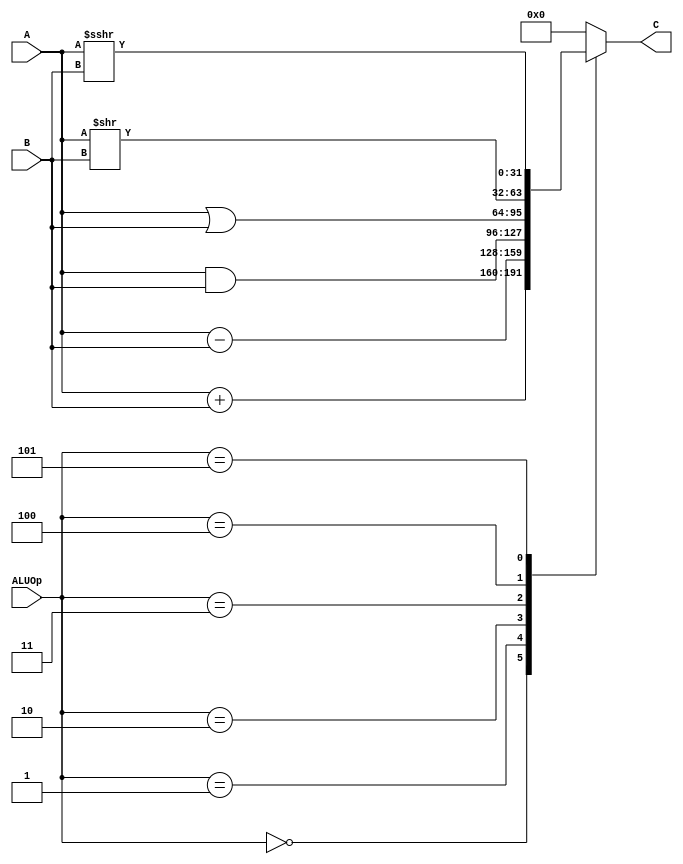
`timescale 1ns / 1ps

module alu(
    input [31:0] A,
    input [31:0] B,
    input [2:0] ALUOp,
    output reg [31:0] C
    );

    wire [31:0] res_add, res_sub, res_and,
        res_or, res_srl, res_sra;
    
    assign res_add = A + B;
    assign res_sub = A - B;
    assign res_and = A & B;
    assign res_or = A | B;
    assign res_srl = A >> B;
    assign res_sra = $signed(A) >>> B;
    
    always @(*) begin
        case(ALUOp)
            3'b000: C = res_add;
            3'b001: C = res_sub;
            3'b010: C = res_and;
            3'b011: C = res_or;
            3'b100: C = res_srl;
            3'b101: C = res_sra;
            default: C = 0;
        endcase
    end
endmodule